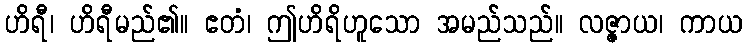
ဟိရီ၊ ဟိရီမည်၏။ ဧတံ၊ ဤဟိရိဟူသော အမည်သည်။ လဇ္ဇာယ၊ ကာယ